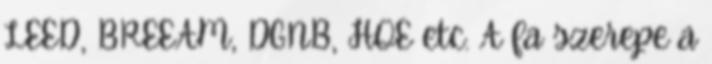
LEED, BREEAM, DGNB, HQE etc. A fa szerepe a